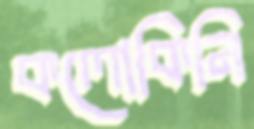
কলোকিনি